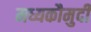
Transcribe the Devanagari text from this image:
मध्यकौमुदी